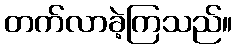
တက်လာခဲ့ကြသည်။